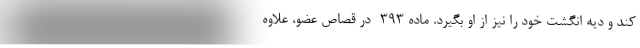
کند و دیه انگشت خود را نیز از او بگیرد. ماده ۳۹۳- در قصاص عضو، علاوه